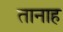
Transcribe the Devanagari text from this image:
तानाह